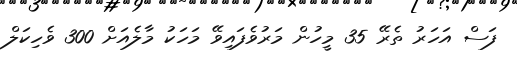
ފަސް އަހަރު ތެރޭ 35 މީހުން މަރުވެފައިވޭ މަހަކު މާލެއަށް 300 ވެހިކަލް